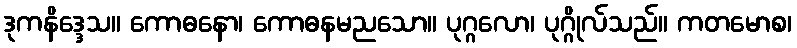
ဒုကနိဒ္ဒေသ။ ကောဓနော၊ ကောဓနမညသော။ ပုဂ္ဂလော၊ ပုဂ္ဂိုလ်သည်။ ကတမောစ၊